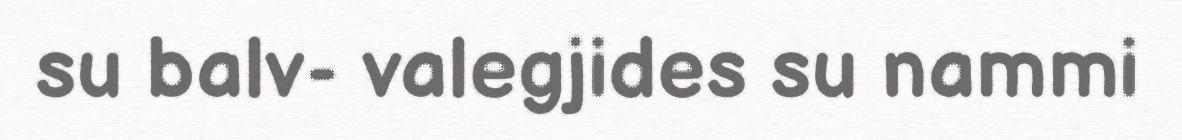
su balv- valegjides su nammi